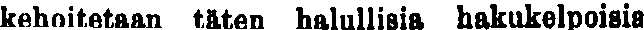
kehoitetaan täten halullisia hakukelpoisia